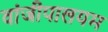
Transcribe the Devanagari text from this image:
वांजीपालयम